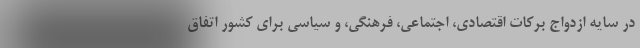
در سایه ازدواج برکات اقتصادی، اجتماعی، فرهنگی، و سیاسی برای کشور اتفاق